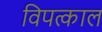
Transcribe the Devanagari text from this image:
विपत्काल